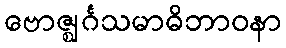
ဗောဇ္ဈင်္ဂသမာဓိဘာဝနာ